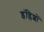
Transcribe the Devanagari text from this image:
इंग्लिशों